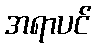
အရာပင်